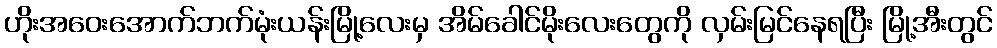
ဟိုးအဝေးအောက်ဘက်မုံးယန်းမြို့လေးမှ အိမ်ခေါင်မိုးလေးတွေကို လှမ်းမြင်နေရပြီး မြို့အီးတွင်